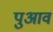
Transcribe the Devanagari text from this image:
पुआव